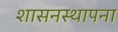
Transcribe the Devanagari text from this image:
शासनस्थापना